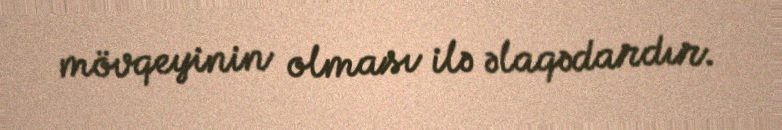
mövqeyinin olması ilə əlaqədardır.